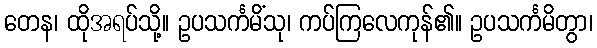
တေန၊ ထိုအရပ်သို့။ ဥပသင်္ကမိံသု၊ ကပ်ကြလေကုန်၏။ ဥပသင်္ကမိတွာ၊